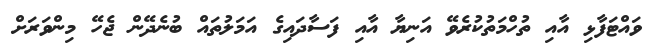
ވައްޓަފާޅި އާއި ތުހްމަތުކުރެވޭ އަނިޔާ އާއި ފަސާދައިގެ އަމަލުތައް ބުނެދޭން ޖެހޭ މިންވަރަށް